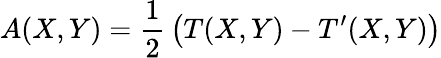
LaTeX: A(X,Y)={\frac{1}{2}}\left(T(X,Y)-T^{\prime}(X,Y)\right)